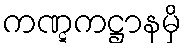
ကဏ္ဋကဋ္ဌာနမှိ